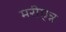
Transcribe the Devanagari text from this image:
मरीएन्न